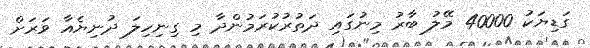
ގަޑިޔަކު 40000 މޭލު ބާރު މިނުގައި ދަތުރުކުރަމުންދާ މި ގިނިހިލަ ދުނިޔެއާ ވަރަށް